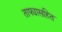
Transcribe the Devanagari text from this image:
ताफ्यासहित